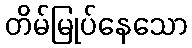
တိမ်မြုပ်နေသော